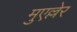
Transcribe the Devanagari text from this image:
मुएल्लेर